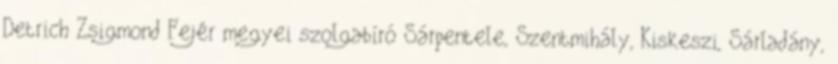
Detrich Zsigmond Fejér megyei szolgabíró Sárpentele, Szentmihály, Kiskeszi, Sárladány,